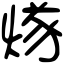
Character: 煫